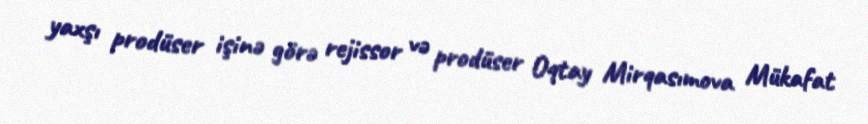
yaxşı prodüser işinə görə rejissor və prodüser Oqtay Mirqasımova Mükafat